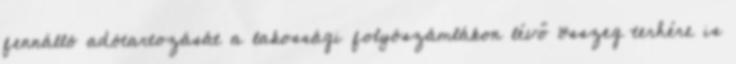
fennálló adótartozását a lakossági folyószámlákon lévő összeg terhére is